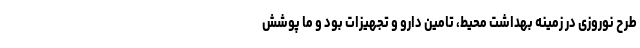
طرح نوروزی در زمینه بهداشت محیط، تامین دارو و تجهیزات بود و ما پوشش